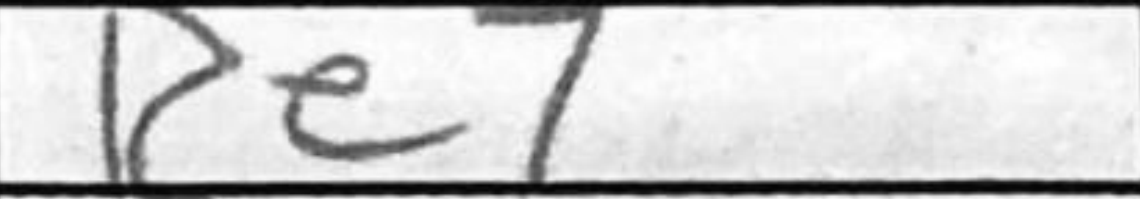
Transcription: Re7